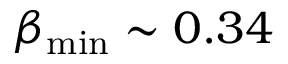
\beta _ { \mathrm { m i n } } \sim 0 . 3 4